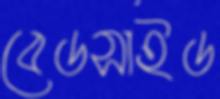
বেডসাইড